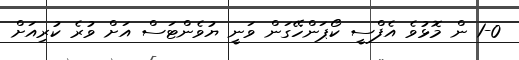
1-0 ން މޮޅުވެ އެފްސީ ކޯޕަންހޭގަން ވަނީ ޔުވެންޓަސް އަށް ވުރެ ކުރިއަށް